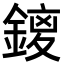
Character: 𮢥